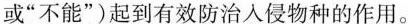
或“不能”)起到有效防治入侵物种的作用。